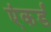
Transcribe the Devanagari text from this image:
एंकर्ड